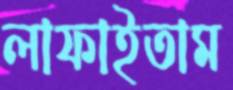
লাফাইতাম